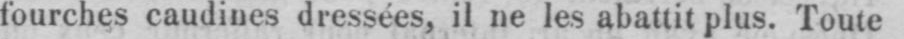
fourches caudines dressées, il ne les abattit plus. Toute